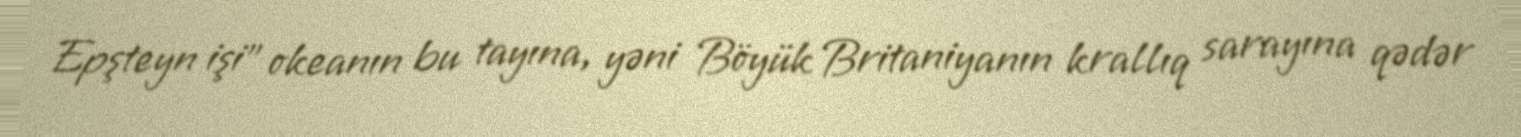
Epşteyn işi” okeanın bu tayına, yəni Böyük Britaniyanın krallıq sarayına qədər